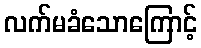
လက်မခံသောကြောင့်